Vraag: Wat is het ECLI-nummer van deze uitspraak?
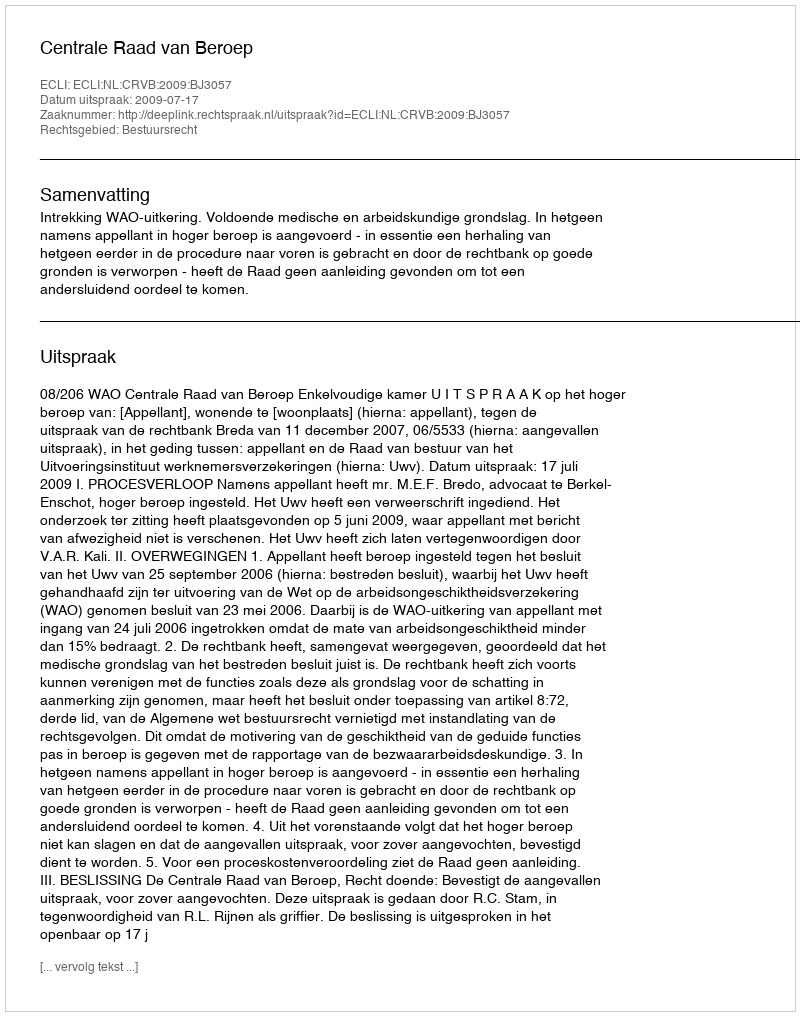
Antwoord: ECLI:NL:CRVB:2009:BJ3057